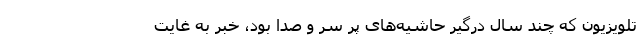
تلویزیون که چند سال درگیر حاشیه‌های پر سر و صدا بود، خبرِ به غایت